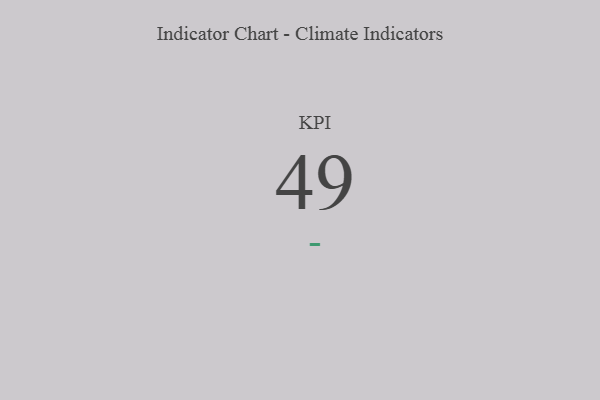
{"axis": {"x": "KPI", "y": "Value"}, "legend": [""], "data": [{"x": "KPI", "y": 49, "type": ""}]}